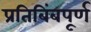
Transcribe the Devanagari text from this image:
प्रतिबिंबपूर्ण